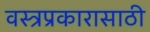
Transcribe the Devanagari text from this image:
वस्त्रप्रकारासाठी